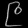
Digit: ၉